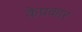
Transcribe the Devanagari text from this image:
केप्रकार